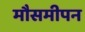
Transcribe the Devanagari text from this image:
मौसमीपन